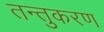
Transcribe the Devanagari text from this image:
तन्तुकरण